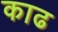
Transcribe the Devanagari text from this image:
काढ